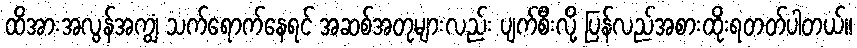
ထိအားအလွန်အကျွံ သက်ရောက်နေရင် အဆစ်အတုများလည်း ပျက်စီးလို့ ပြန်လည်အစားထိုးရတတ်ပါတယ်။